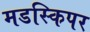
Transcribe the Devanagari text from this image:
मडस्किपर